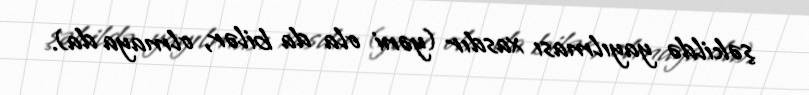
şəkildə yayılması xasdır (yəni ola da bilər, olmaya da).